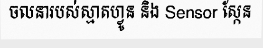
ចលនារបស់ស្មាតហ្វូន និង Sensor ស្កែន